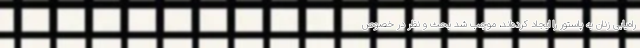
راه‌یابی زنان به پاستور را ایجاد کرده‌اند، موجب شد بحث و نظر در خصوص